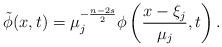
LaTeX: \begin{align*}\tilde{\phi}(x, t) = \mu_j^{-\frac{n-2s}{2}}\phi\left(\frac{x-\xi_j}{\mu_j}, t\right).\end{align*}